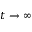
t \rightarrow \infty